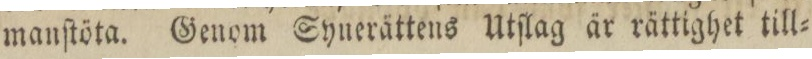
manſtöta. Genom Synerättens Utſlag är rättighet till=